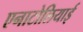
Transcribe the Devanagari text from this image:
एनाटोलियाई